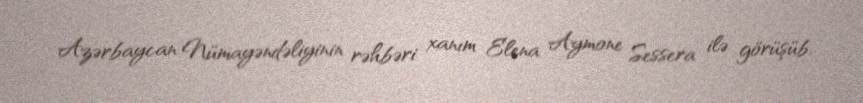
Azərbaycan Nümayəndəliyinin rəhbəri xanım Elena Aymone Sessera ilə görüşüb.